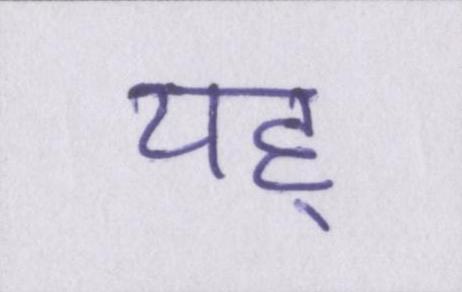
यह्